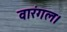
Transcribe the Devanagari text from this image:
वारंगल।